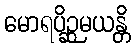
မောရပိဉ္ဆမယန္တိ